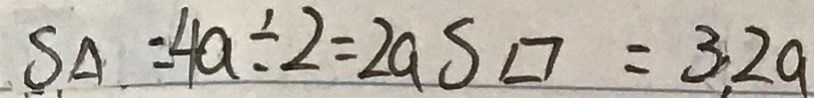
S \Delta = 4 a \div 2 = 2 a S \square = 3 . 2 a